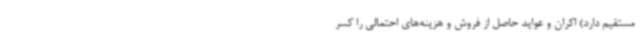
مستقیم دارد) اکران و عواید حاصل از فروش و هزینه‌های احتمالی را کسر